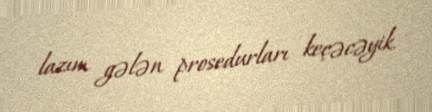
lazım gələn prosedurları keçəcəyik.